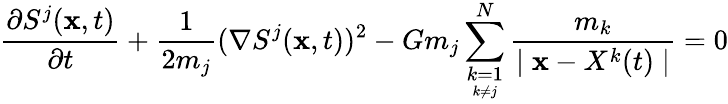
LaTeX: \frac{\partial S^{j}(\textbf{x},t)}{\partial t}+\frac{1}{2m_{j}}(\nabla S^{j}(\textbf{x},t))^{2}-Gm_{j}\sum_{\underset{k\neq j}{k=1}}^{N}\frac{m_{k}}{\mid\textbf{x}-X^{k}(t)\mid}=0